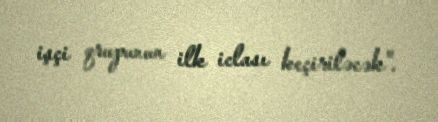
işçi qrupunun ilk iclası keçiriləcək".